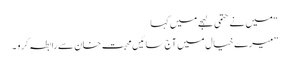
“ میں نے حتمی لہجے میں کہا
”میرے خیال میں آج سائیں محبت خان سے رابطہ کرو ۔